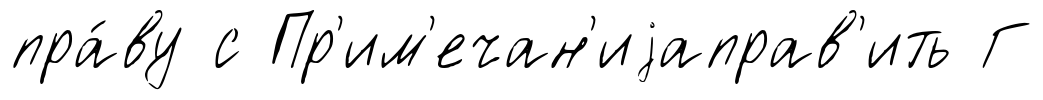
пра́ву с Пр'им'ечан'иjаправ'ить Г